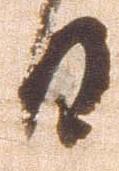
日